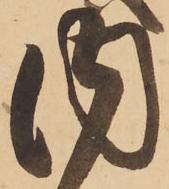
内